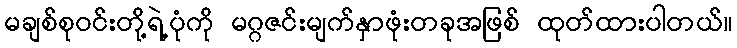
မချစ်စုဝင်းတို့ရဲ့ပုံကို မဂ္ဂဇင်းမျက်နှာဖုံးတခုအဖြစ် ထုတ်ထားပါတယ်။